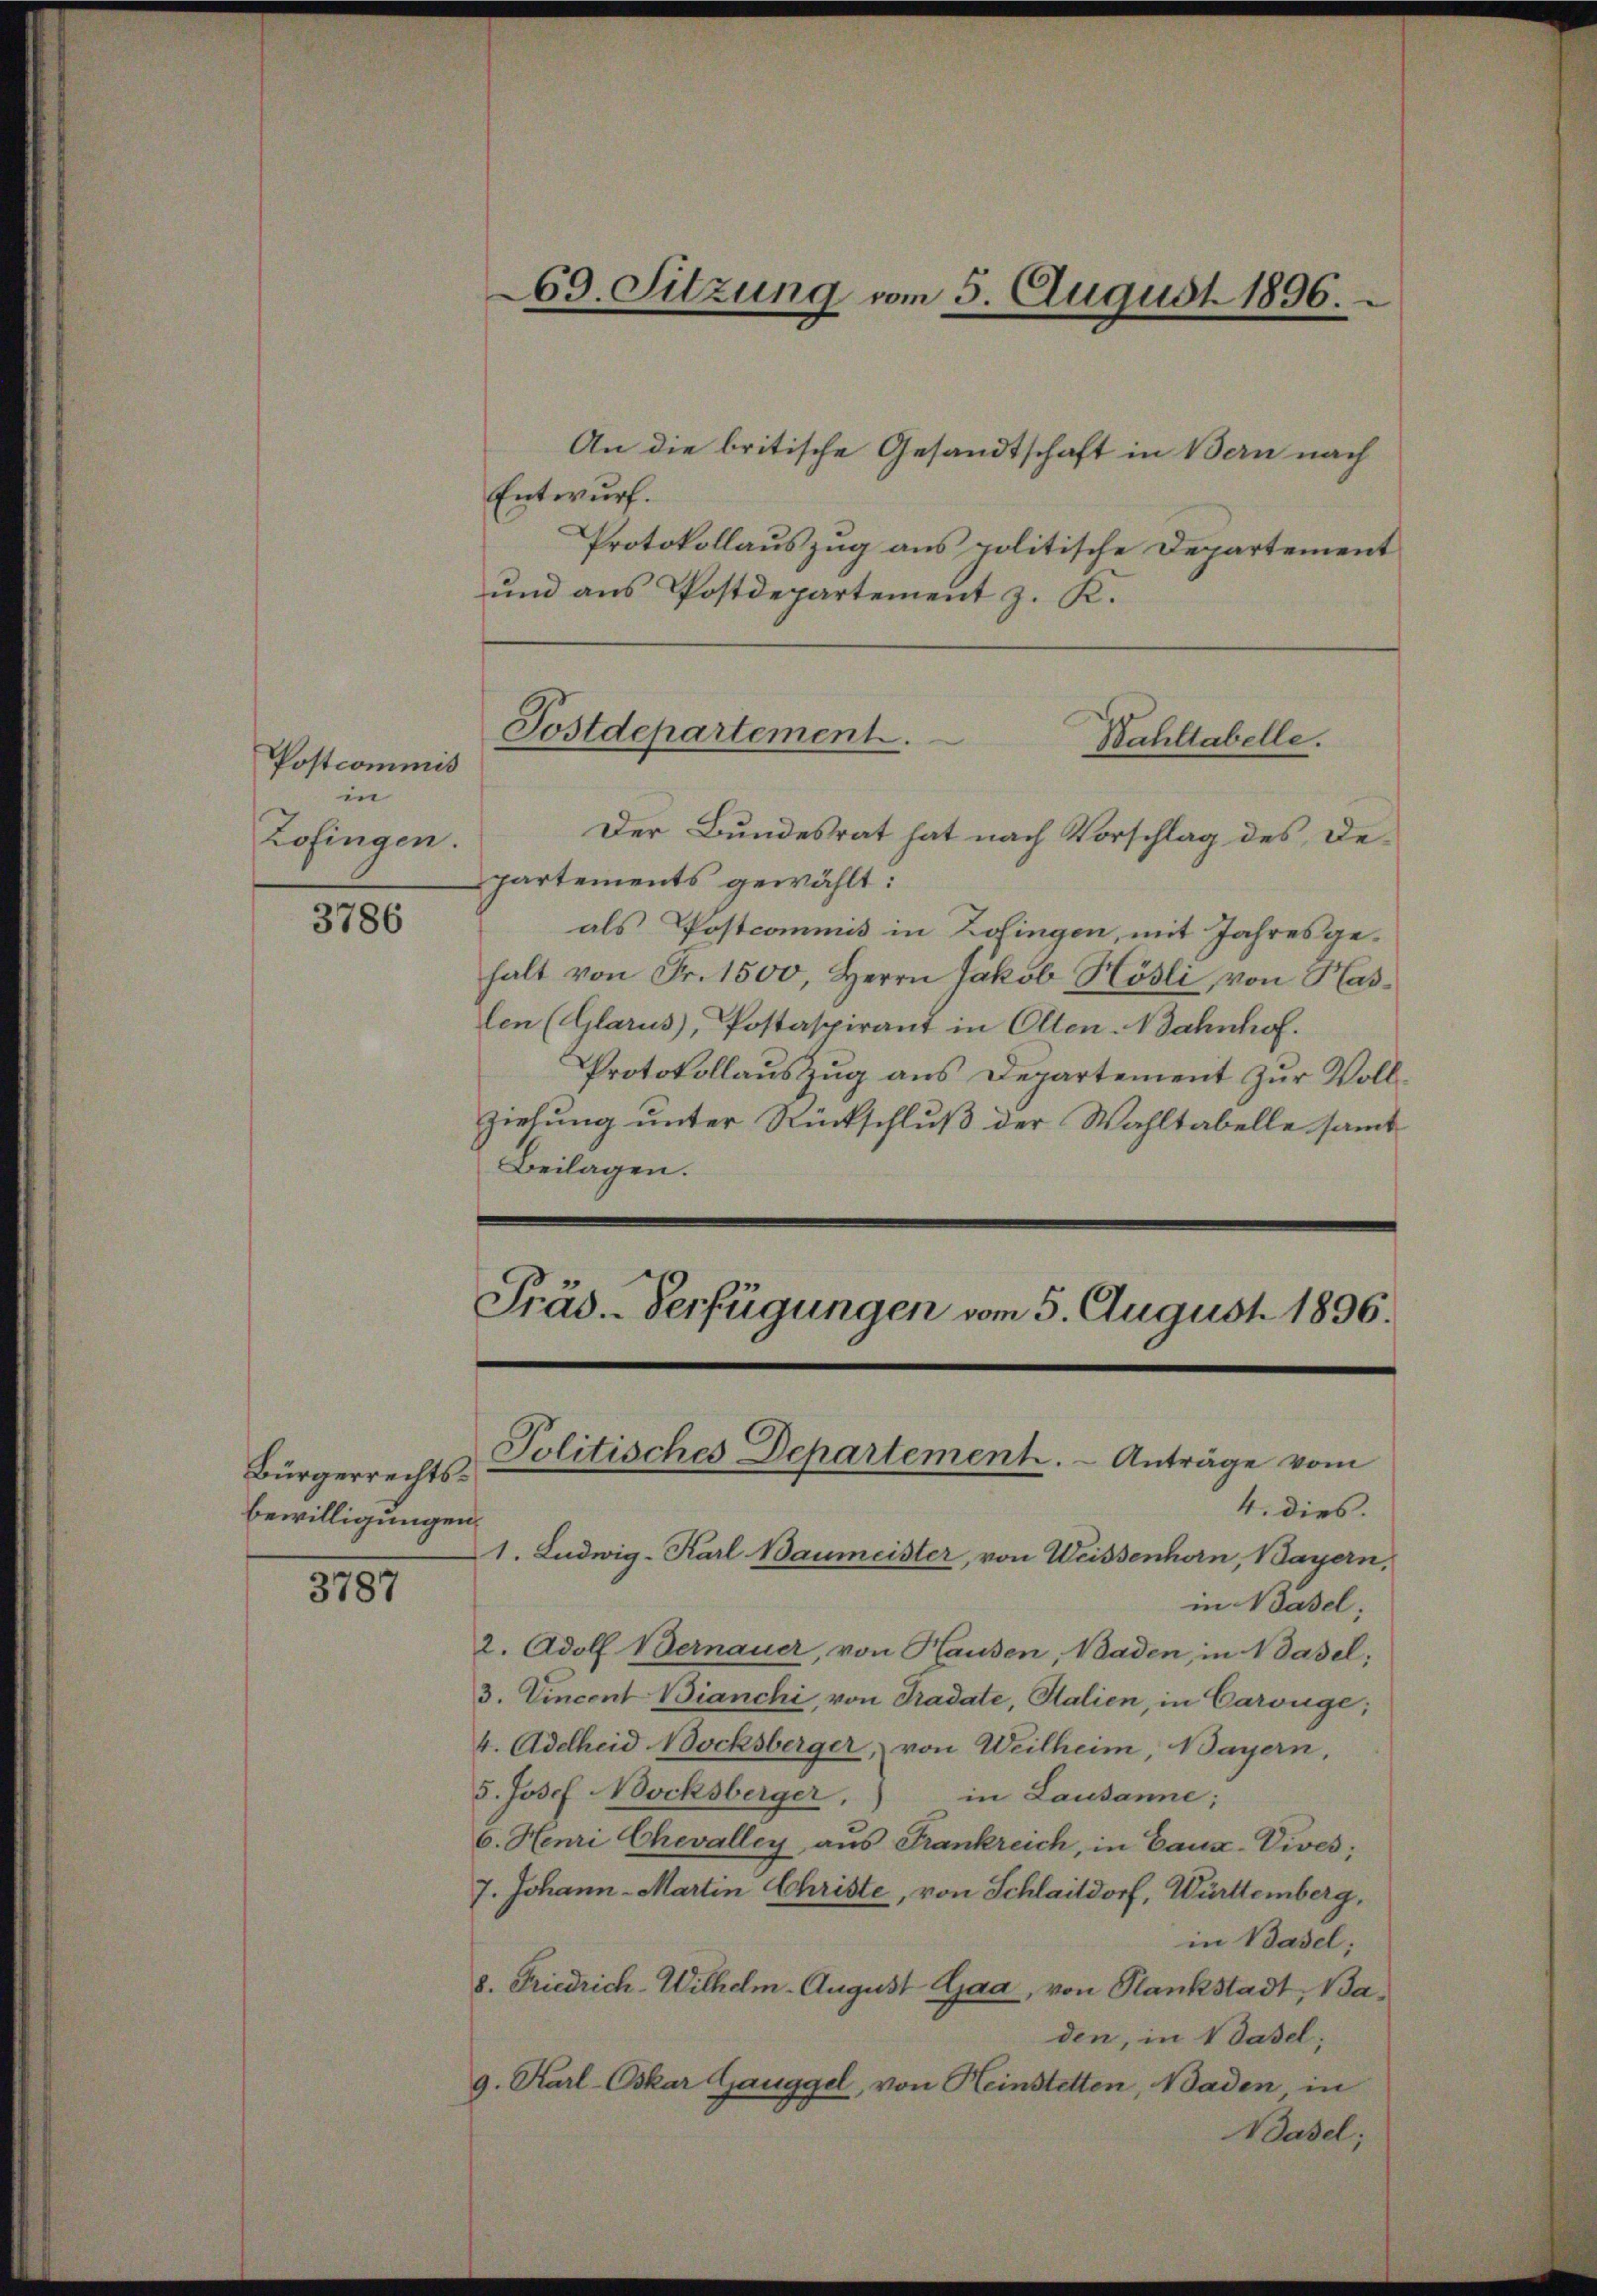
Postcommis
in
Zofingen.

3786

Bürgerrechts¬
Bewilligungen

3787

Der Bundesrat hat nach Vorschlag des Departements gewählt:
als Postcommis in Zofingen, mit Jahresge-
halt von Fr. 1500, Herrn Jakob Hösli, von Haslen (Glarus, Postaspirant in Olten-Bahnhof.
Protokollaŭszŭg ans Departement zŭr Voll-
ziehung unter Rückschluß der Wahltabelle samt
Beilagen.

An die britische Gesandtschaft in Bern nach
Entwurf.
Protokollauszug aus politische Departement
und aus Postdepartement z. K.

69. Sitzung vom 5. August 1896.

Postdepartement.
Bahltabelle.

Präd.-Verfügungen vom 5. August 1896.
Politisches Departement. - Anträge vom

4. dies.
1. Ludwig-Karl Baumeister, von Weissenhorn, Bayern,
in Basel;
2. Adolf Bernauer, von Hausen, Baden, in Basel;
3. Vincent Bianchi, von Pradate, Salien, in Carwüge;
4. Adelheid Bocksberger, von Weilheim, Bayern,
5. Josef Nocksberger,
in Lausanne;
6. Henri Chevalley aus Frankreich, in Caux-Vives;
7. Johann - Martin Christe, von Schlaitdorf, Württemberg,
in Basel;
8. Friedrich-Wilhelm-August Gaa, von Stankstadt, Baden, in dasel;
9. Karl-Oskar Ganggel, von Heinstetten, Baden, in
Basel;